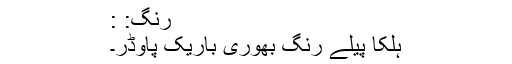
رنگ: :
ہلکا پیلے رنگ بھوری باریک پاوڈر۔